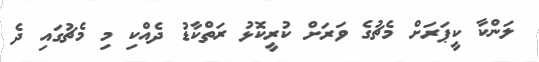
ލަންކާ ކީޕަރަށް މެޗުގެ ވަރަށް ކުރީކޮޅު ރަތްކާޑު ދެއްކި މި މެޗުގައި ދެ